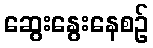
ဆွေးနွေးနေစဉ်